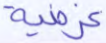
غرضية